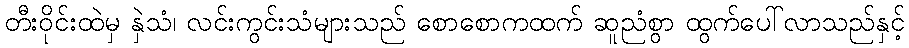
တီးဝိုင်းထဲမှ နှဲသံ၊ လင်းကွင်းသံများသည် စောစောကထက် ဆူညံစွာ ထွက်ပေါ်လာသည်နှင့်